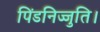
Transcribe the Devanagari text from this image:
पिंडनिज्जुति।